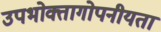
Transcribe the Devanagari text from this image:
उपभोक्तागोपनीयता